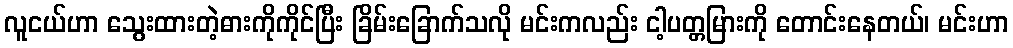
လူငယ်ဟာ သွေးထားတဲ့ဓားကိုကိုင်ပြီး ခြိမ်းခြောက်သလို မင်းကလည်း ငါ့ပတ္တမြားကို တောင်းနေတယ်၊ မင်းဟာ